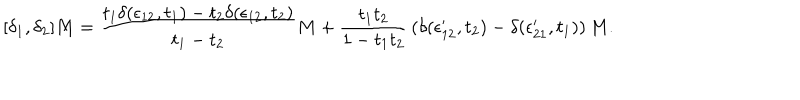
[ \delta _ { 1 } , \delta _ { 2 } ] M = { \frac { t _ { 1 } \delta ( \epsilon _ { 1 2 } , t _ { 1 } ) - t _ { 2 } \delta ( \epsilon _ { 1 2 } , t _ { 2 } ) } { t _ { 1 } - t _ { 2 } } } M + { \frac { t _ { 1 } t _ { 2 } } { 1 - t _ { 1 } t _ { 2 } } } \left( \delta ( \epsilon _ { 1 2 } ^ { \prime } , t _ { 2 } ) - \delta ( \epsilon _ { 2 1 } ^ { \prime } , t _ { 1 } ) \right) M .